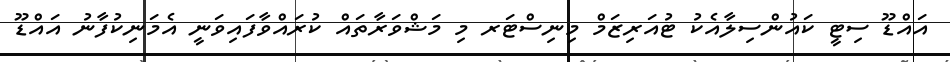
އައްޑޫ ސިޓީ ކައުންސިލާއެކު ޓުއަރިޒަމް މިނިސްޓަރ މި މަޝްވަރާތައް ކުރައްވާފައިވަނީ އެމަނިކުފާނު އައްޑޫ